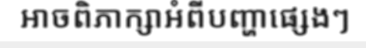
អាចពិភាក្សាអំពីបញ្ហាផ្សេងៗ